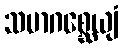
သမာဂစ္ဆေယျံ